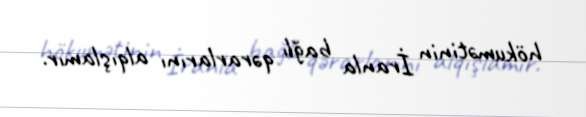
hökumətinin İranla bağlı qərarlarını alqışlamır.